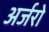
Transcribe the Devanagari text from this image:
अर्जरो